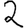
Digit: 2